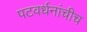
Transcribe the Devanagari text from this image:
पटवर्धनांचीच